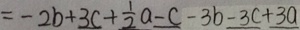
= - 2 b + 3 c + \frac { 1 } { 2 } a - c - 3 b - 3 c + 3 a